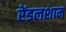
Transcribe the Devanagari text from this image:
रेंडलशाम